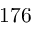
1 7 6